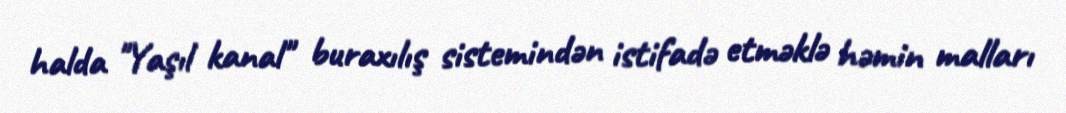
halda "Yaşıl kanal" buraxılış sistemindən istifadə etməklə həmin malları